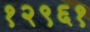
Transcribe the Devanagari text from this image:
१२९६१